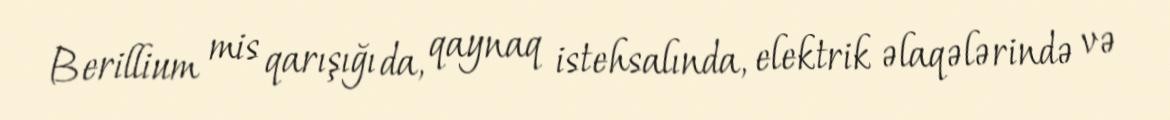
Berillium mis qarışığı da, qaynaq istehsalında, elektrik əlaqələrində və